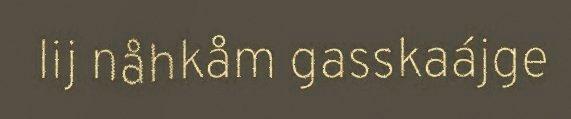
lij nåhkåm gasskaájge